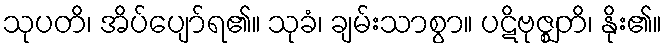
သုပတိ၊ အိပ်ပျော်ရ၏။ သုခံ၊ ချမ်းသာစွာ။ ပဋိဗုဇ္ဈတိ၊ နိုး၏။